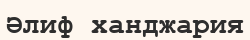
Әлиф ханджария